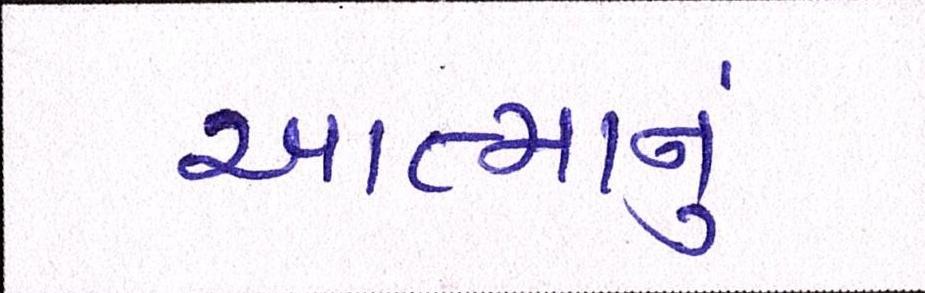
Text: આત્માનું